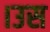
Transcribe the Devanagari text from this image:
।उस